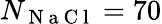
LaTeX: N_{\mathrm{~N~a~C~l~}}=70